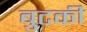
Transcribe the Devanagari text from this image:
बुटकी